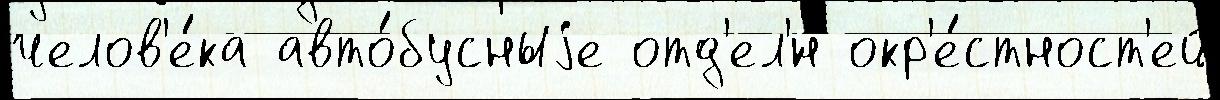
челов'е́ка авто́бусныjе отд'ел'́н окр'е́стност'ей